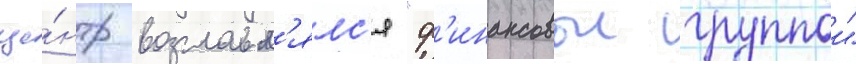
це́нтр возглавл'ялс'я "ф'инансовои группои"